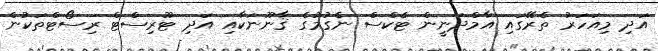
އަދި މިއަހަރު ތެރޭގައި އާމްދަނީން ޓެކްސް ނެގުމުގެ ޤާނޫނަކާއި އަދި ޓޫރިސްޓް ރިސޯޓްތަކުން